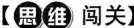
【思维闯关】